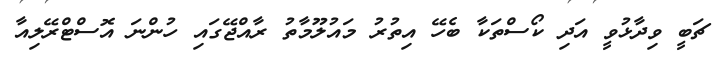
ޗަބީ ވިދާޅުވީ އަދި ކޯސްތަކާ ބެހޭ އިތުރު މައުލޫމާތު ރާއްޖޭގައި ހުންނަ އޮސްޓްރޭލިއާ